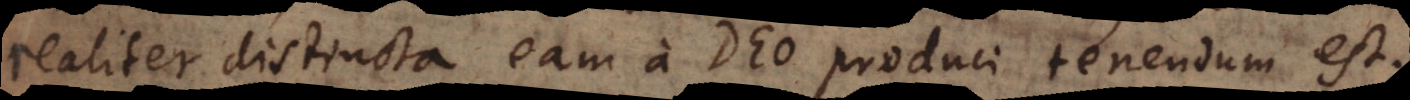
realiter distincta, eam a Deo produci tenendum est.